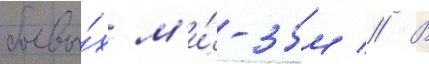
боевы́х м'и́-35м // В